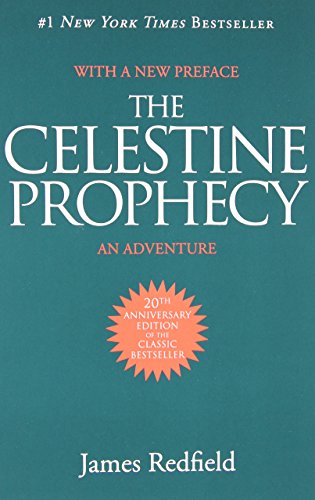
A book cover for The Celestine Prophecy: An Adventure; James Redfield; Literature & Fiction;